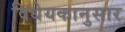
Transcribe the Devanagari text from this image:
विधेयकानुसार